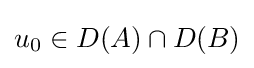
u_{0}\in D(A)\cap D(B)